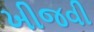
ખીજવી